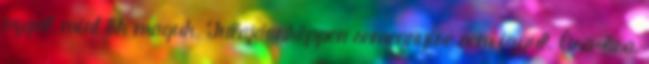
izgul, mint ők maguk. Tulajdonképpen semennyire sem izgul. Óra-óra,